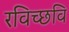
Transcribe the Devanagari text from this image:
रविच्छवि